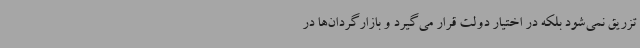
تزریق نمی‌شود بلکه در اختیار دولت قرار می‌گیرد و بازارگردان‌ها در